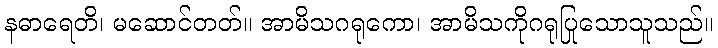
နဓာရေတိ၊ မဆောင်တတ်။ အာမိသဂရုကော၊ အာမိသကိုဂရုပြုသောသူသည်။